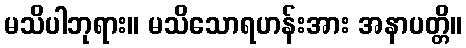
မသိပါဘုရား။ မသိသောရဟန်းအား အနာပတ္တိ။